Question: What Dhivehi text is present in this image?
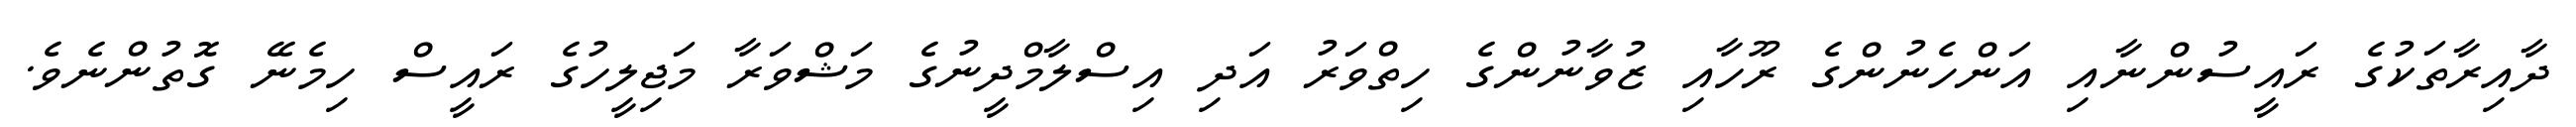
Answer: ދާއިރާތަކުގެ ރައީސުންނާއި އަންހެނުންގެ ރޫހާއި ޒުވާނުންގެ ހިތްވަރު އަދި އިސްލާމްދީނުގެ މަޝްވަރާ މަޖިލީހުގެ ރައީސް ހިމެނޭ ގޮތުންނެވެ.